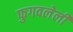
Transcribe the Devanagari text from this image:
फुगवलेली